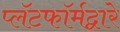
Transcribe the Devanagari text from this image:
प्लॅटफॉर्मद्वारे